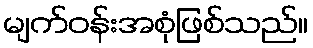
မျက်ဝန်းအစုံဖြစ်သည်။